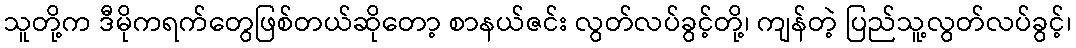
သူတို့က ဒီမိုကရက်တွေဖြစ်တယ်ဆိုတော့ စာနယ်ဇင်း လွတ်လပ်ခွင့်တို့၊ ကျန်တဲ့ ပြည်သူ့လွတ်လပ်ခွင့်၊